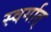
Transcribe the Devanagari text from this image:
स्वर्गात्